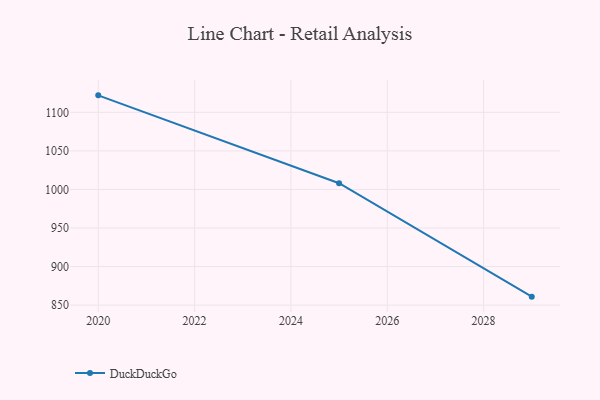
{"axis": {"x": "Year", "y": "Latency (ms)"}, "legend": ["DuckDuckGo"], "data": [{"x": "2020", "y": 1122.0, "type": "DuckDuckGo"}, {"x": "2025", "y": 1008.1, "type": "DuckDuckGo"}, {"x": "2029", "y": 861.0, "type": "DuckDuckGo"}]}